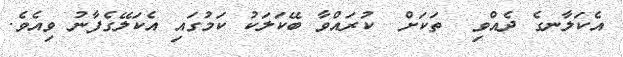
އެކަލާނގެ ދެއްވި  ތަކަށް  ކުރައްވާ ބޭކަލަކު ކަމުގައި އެކަލޭގެފާނު ވިއެވެ.